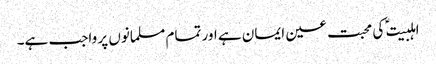
اہلبیت ؑ کی محبت عین ایمان ہے اور تمام مسلمانوں پر واجب ہے۔